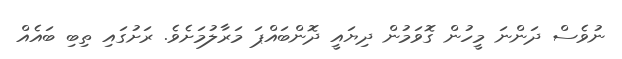
ނުވެސް ދަންނަ މީހުން ގޮވަމުން ދިޔައީ ދޮންބައްޕަ މަރާލުމަށެވެ. ރަށުގައި ތިބި ބައެއް